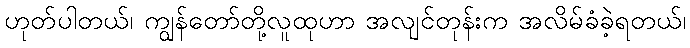
ဟုတ်ပါတယ်၊ ကျွန်တော်တို့လူထုဟာ အလျင်တုန်းက အလိမ်ခံခဲ့ရတယ်၊